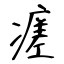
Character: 瘥